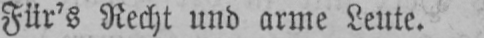
Für’s Recht und arme Leute.